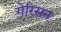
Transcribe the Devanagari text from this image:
गेरिसन